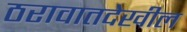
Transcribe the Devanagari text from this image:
ठरावातदेखील